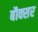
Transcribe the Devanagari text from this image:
बौक्सर